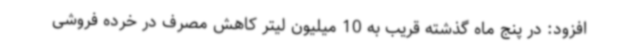
افزود: در پنج ماه گذشته قریب به 10 میلیون لیتر کاهش مصرف در خرده فروشی